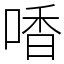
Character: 㗍